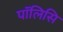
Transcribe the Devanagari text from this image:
पॉलिसि